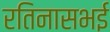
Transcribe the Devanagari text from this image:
रतिनासभई